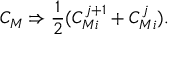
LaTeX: C _ { M } \Rightarrow { \frac { 1 } { 2 } } ( C _ { M i } ^ { j + 1 } + C _ { M i } ^ { j } ) .